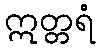
ဣတ္တရံ